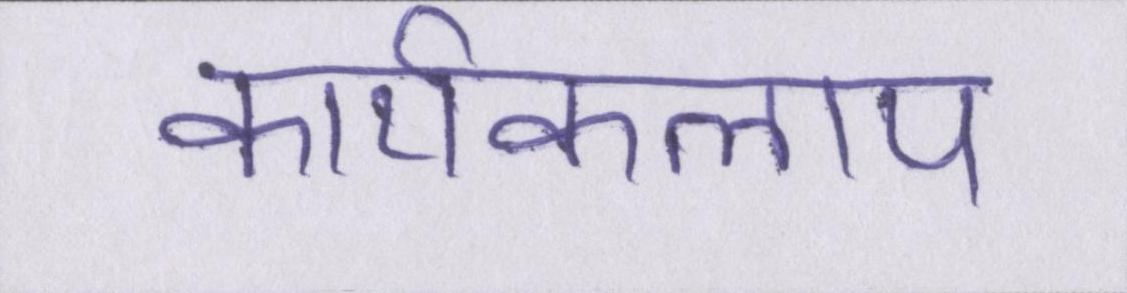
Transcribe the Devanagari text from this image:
कार्यकलाप